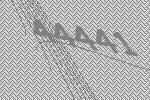
44441